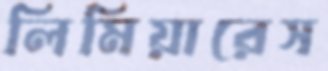
লিমিয়ারেস